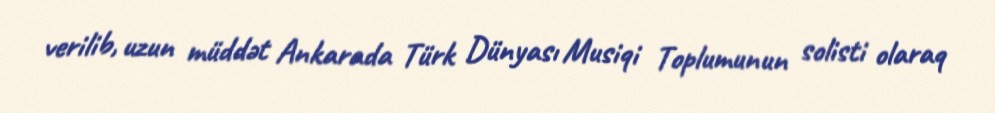
verilib, uzun müddət Ankarada Türk Dünyası Musiqi Toplumunun solisti olaraq